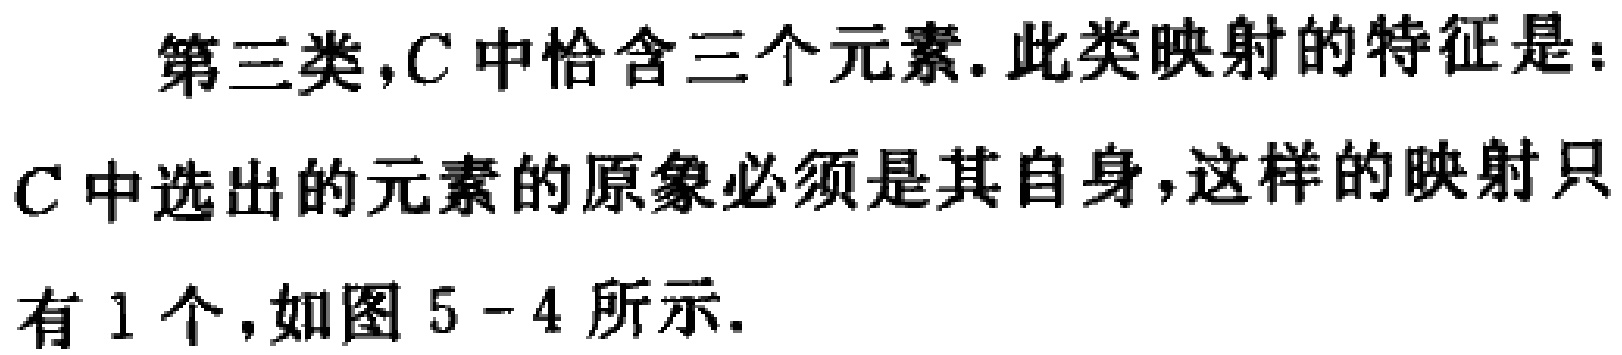
第三类，$C$ 中恰含三个元素. 此类映射的特征是：$C$ 中选出的元素的原象必须是其自身，这样的映射只有 1 个，如图 5 - 4 所示.